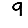
Digit: 9